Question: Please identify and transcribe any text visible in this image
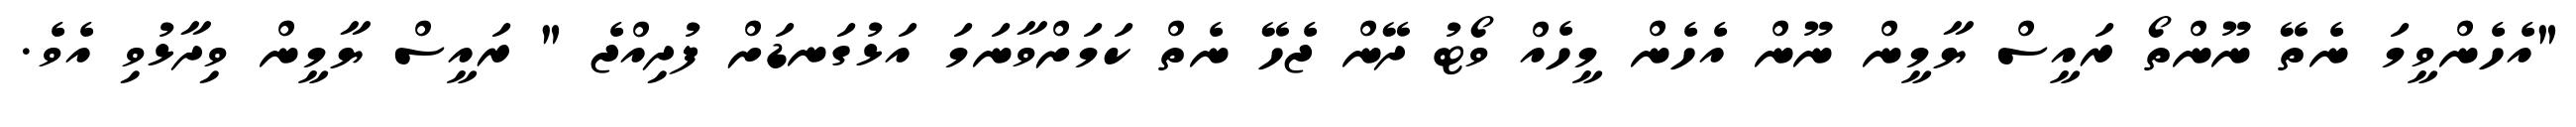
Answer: "އެހެންވީމަ ނެތޭ ނޫންތޯ ރައީސް ޔާމީން ނޫން އެހެން މީހެއް ވޯޓު ދޭން ޖެހޭ ނެތް ކަމަށްވާނަމަ އަޅުގަނޑަށް ފުދިއްޖެ " ރައީސް ޔާމީން ވިދާޅުވި އެވެ.